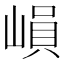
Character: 𡻖